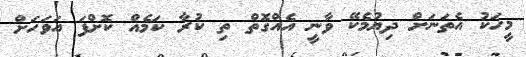
މީހަކު އެތަނަށް ދިޔުމެކޭ ވާނީ އެއްގޮތް ތި ކުރާ ކަމެއް ކޮށްފަ އަވަހަށް